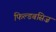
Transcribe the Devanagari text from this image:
फिल्डबसिज़